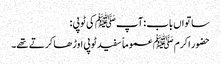
ساتواں باب : آپ ﷺ کی ٹوپی :
حضور اکرم ﷺ عموماً سفید ٹوپی اوڑھا کرتے تھے۔